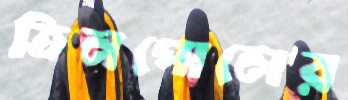
তিনপোলের